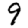
Digit: 9